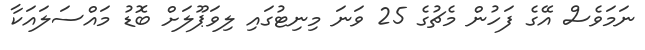
ނަމަވެސް އޭގެ ފަހުން މެޗުގެ 25 ވަނަ މިނިޓުގައި ލިވަޕޫލަށް ބޮޑު މައްސަލައަކާ